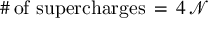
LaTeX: \# \mathrm { \, o f ~ s u p e r c h a r g e s } \, = \, 4 \, \mathcal { N }